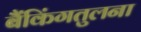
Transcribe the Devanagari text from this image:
बैंकिंगतुलना